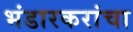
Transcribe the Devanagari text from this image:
भंडारकरांचा